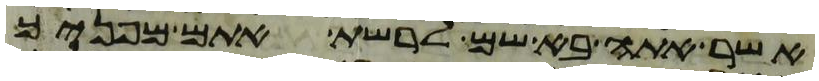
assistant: אשר אתה בא שם לרשת אתם מפניך